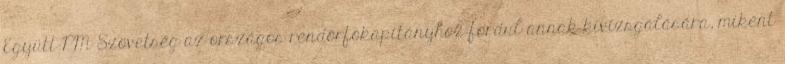
Együtt-PM Szövetség az országos rendőrfőkapitányhoz fordul annak kivizsgálására, miként